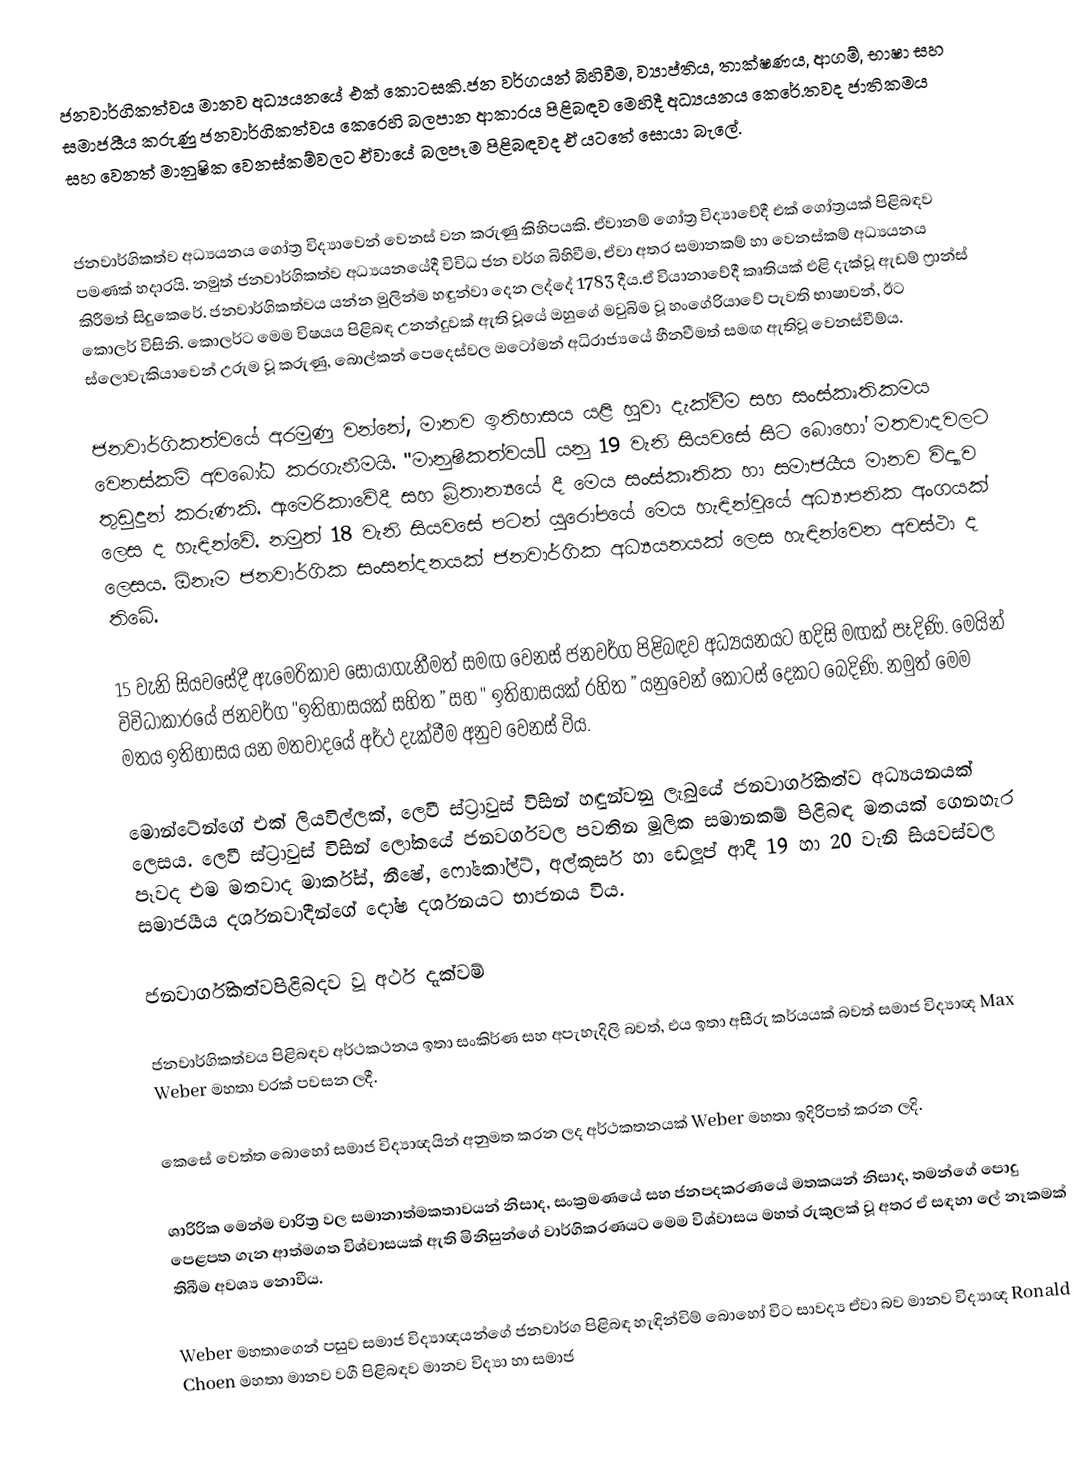
ජනවාර්ගිකත්වය මානව අධ්‍යයනයේ එක් කොටසකි.ජන වර්ගයන් බිහිවීම, ව්‍යාප්තිය, තාක්ෂණය, ආගම්, භාෂා සහ සමාජයීය කරුණු ජනවාර්ගිකත්වය කෙරෙහි බලපාන ආකාරය පිළිබඳව මෙහිදී අධ්‍යයනය කෙරේ.තවද ජාතිකමය සහ වෙනත් මානුෂික වෙනස්කම්වලට ඒවායේ බලපෑම පිළිබඳවද ඒ යටතේ සොයා බැලේ.

ජනවාර්ගිකත්ව අධ්‍යයනය ගෝත්‍ර විද්‍යාවෙන් වෙනස් වන කරුණු කිහිපයකි. ඒවානම් ගෝත්‍ර විද්‍යාවේදී එක් ගෝත්‍රයක් පිළිබඳව පමණක් හදාරයි. නමුත් ජනවාර්ගිකත්ව අධ්‍යයනයේදී විවිධ ජන වර්ග බිහිවීම, ඒවා අතර සමානකම් හා වෙනස්කම් අධ්‍යයනය කිරීමත් සිදුකෙරේ. ජනවාර්ගිකත්වය යන්න මුලින්ම හඳුන්වා දෙන ලද්දේ 1783 දීය.ඒ වියානාවේදී කෘතියක් එළි දැක්වූ ඇඩම් ෆ්‍රාන්ස් කොලර් විසිනි. කොලර්ට මෙම විෂයය පිළිබඳ උනන්දුවක් ඇති වූයේ ඔහුගේ මවුබිම වූ හංගේරියාවේ පැවති භාෂාවන්, ඊට ස්ලොවැකියාවෙන් උරුම වූ කරුණු, බොල්කන් පෙදෙස්වල ඔටෝමන් අධිරාජ්‍යයේ හීනවීමත් සමඟ ඇතිවූ වෙනස්වීම්ය.

ජනවාර්ගිකත්වයේ අරමුණු වන්නේ, මානව ඉතිහාසය යළි හුවා දැක්වීම සහ සංස්කෘතිකමය වෙනස්කම් අවබෝධ කරගැනීමයි. "මානුෂිකත්වය” යනු 19 වැනි සියවසේ සිට බොහෝ මතවාදවලට තුඩුදුන් කරුණකි. ඇමෙරිකාවේදී සහ බ්‍රිතාන්‍යයේ දී මෙය සංස්කෘතික හා සමාජයීය මානව විද්‍යාව ලෙස ද හැඳින්වේ. නමුත් 18 වැනි සියවසේ පටන් යුරෝපයේ මෙය හැඳින්වූයේ අධ්‍යාපනික අංගයක් ලෙසය. ඕනෑම ජනවාර්ගික සංසන්දනයක් ජනවාර්ගික අධ්‍යයනයක් ලෙස හැඳින්වෙන අවස්ථා ද තිබේ.

15 වැනි සියවසේදී ඇමෙරිකාව සොයාගැනීමත් සමඟ වෙනස් ජනවර්ග පිළිබඳව අධ්‍යයනයට හදිසි මඟක් පෑදිණි. මෙයින් විවිධාකාරයේ ජනවර්ග "ඉතිහාසයක් සහිත ” සහ " ඉතිහාසයක් රහිත ” යනුවෙන් කොටස් දෙකට බෙදිණි. නමුත් මෙම මතය ඉතිහාසය යන මතවාදයේ අර්ථ දැක්වීම අනුව වෙනස් විය.

මොන්ටේන්ගේ එක් ලියවිල්ලක්, ලෙවී ස්ට්‍රාවුස් විසින් හඳුන්වනු ලැබුයේ ජනවාර්ගිකත්ව අධ්‍යයනයක් ලෙසය. ලෙවී ස්ට්‍රාවුස් විසින් ලෝකයේ ජනවර්ගවල පවතින මූලික සමානකම් පිළිබඳ මතයක් ගෙනහැර පෑවද එම මතවාද මාර්ක්ස්, නීෂේ, ෆෝකෝල්ට්, අල්කූසර් හා ඩෙලූප් ආදී  19 හා 20 වැනි සියවස්වල සමාජයීය දර්ශනවාදීන්ගේ දෝෂ දර්ශනයට භාජනය විය.

ජනවාර්ගිකත්වපිළිබදව වූ අර්ථ දැක්වම්

ජනවාර්ගිකත්වය පිළිබඳව අර්ථකථනය ඉතා සංකිර්ණ සහ අපැහැදිලි බවත්, එය ඉතා අසීරු කර්යයක් බවත් සමාජ විද්‍යාඥ Max Weber මහතා වරක් පවසන ලදී.

කෙසේ වෙත්ත බොහෝ සමාජ විද්‍යාඥයින් අනුමත කරන ලද අර්ථකතනයක් Weber මහතා ඉදිරිපත් කරන ලදි.

ශාරිරික මෙන්ම චාරිත්‍ර වල සමානාත්මකතාවයන් නිසාද, සංක්‍රමණයේ සහ ජනපදකරණයේ මතකයන් නිසාද, තමන්ගේ පොදු පෙළපත ගැන ආත්මගත විශ්වාසයක් ඇති මිනිසුන්ගේ වාර්ගිකරණයට මෙම විශ්වාසය මහත් රුකුලක් වූ අතර ඒ සඳහා ලේ නෑකමක් තිබීම අවශ්‍ය නොවීය.

Weber මහතාගෙන් පසුව සමාජ විද්‍යාඥයන්ගේ ජනවාර්ග පිළිබඳ හැඳින්විම් බොහෝ විට සාවද්‍ය ඒවා බව මානව විද්‍යාඥ Ronald Choen මහතා ‍මානව වගී පිළිබඳව මානව විද්‍යා හා සමාජ